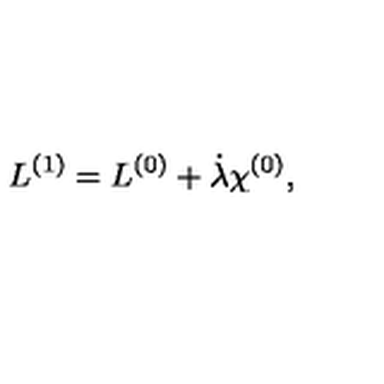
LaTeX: { L } ^ { ( 1 ) } = { L } ^ { ( 0 ) } + \dot { \lambda } \chi ^ { ( 0 ) } ,